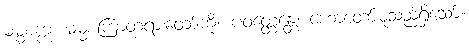
ဓမ္မစက္ကံ၊ ဓမ္မစကြာတရားတော်ကို။ ပဝတ္တေန္တေ၊ ဟောတော်မူသည်ရှိသော်။